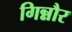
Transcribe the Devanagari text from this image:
गिन्नौर